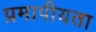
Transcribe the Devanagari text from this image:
प्रमापीयता